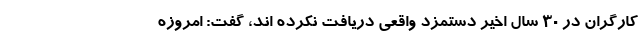
کارگران در 30 سال اخیر دستمزد واقعی دریافت نکرده اند، گفت: امروزه